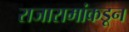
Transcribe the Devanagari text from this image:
राजारामांकडून